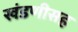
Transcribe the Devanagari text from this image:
खंडणीसह